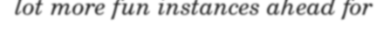
lot more fun instances ahead for